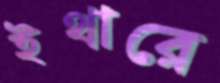
ইথারে